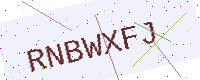
Text: RNBWXFJ